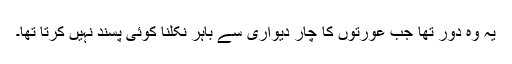
یہ وہ دور تھا جب عورتوں کا چار دیواری سے باہر نکلنا کوئی پسند نہیں کرتا تھا۔